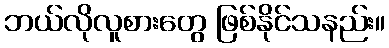
ဘယ်လိုလူစားတွေ ဖြစ်နိုင်သနည်း။